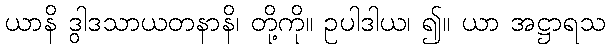
ယာနိ ဒွါဒသာယတနာနိ၊ တို့ကို။ ဥပါဒါယ၊ ၍။ ယာ အဋ္ဌာရသ